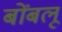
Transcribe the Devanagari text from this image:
बोंबलू